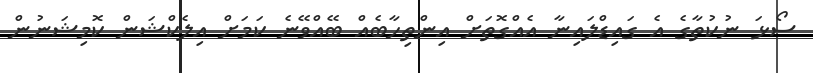
ސޯޅަ ނުކުތާގެ އެ ގައިޑްލައިނާ އެއްގޮތަށް އިންތިހާބެއް ބޭއްވޭނެ ކަމަށް އިލެކްޝަން ކޮމިޝަނުން